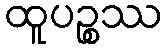
ထူပဉ္စဿ